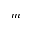
m